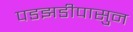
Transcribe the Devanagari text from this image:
पडझडीपासुन